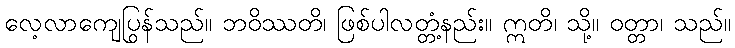
လေ့လာကျေပြွန်သည်။ ဘဝိဿတိ၊ ဖြစ်ပါလတ္တံ့နည်း။ ဣတိ၊ သို့။ ဝတ္တာ၊ သည်။